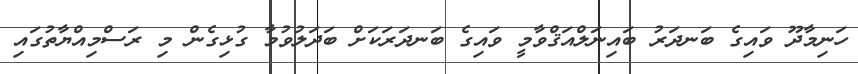
ހަނިމާދޫ ވައިގެ ބަނދަރު ބައިނަލްއަޤްވާމީ ވައިގެ ބަނދަރަކަށް ބަދަލުވުމާ ގުޅިގެން މި ރަސްމިއްޔާތުގައި